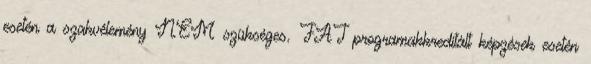
esetén a szakvélemény NEM szükséges. FAT programakkreditált képzések esetén